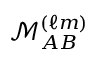
\mathcal { M } _ { A B } ^ { ( \ell m ) }